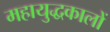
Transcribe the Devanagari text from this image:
महायुद्धकालों